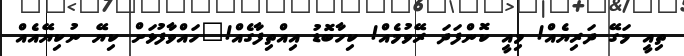
ތިއީ މަގޭ ދަރިޔެއް! މިއީ ކޮންފަދަ ރޭވުމެއް! ކިހާބޮޑު އިއްތިފާގެއް!"ހައްވާފުޅަށް ކިޔޭ ނުކިޔޭއެއް